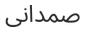
صمدانى